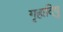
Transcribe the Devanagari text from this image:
गृहादिषु